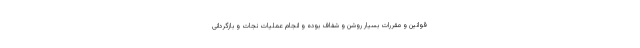
قوانین و مقررات بسیار روشن و شفاف بوده و انجام عملیات نجات و بازگردانی